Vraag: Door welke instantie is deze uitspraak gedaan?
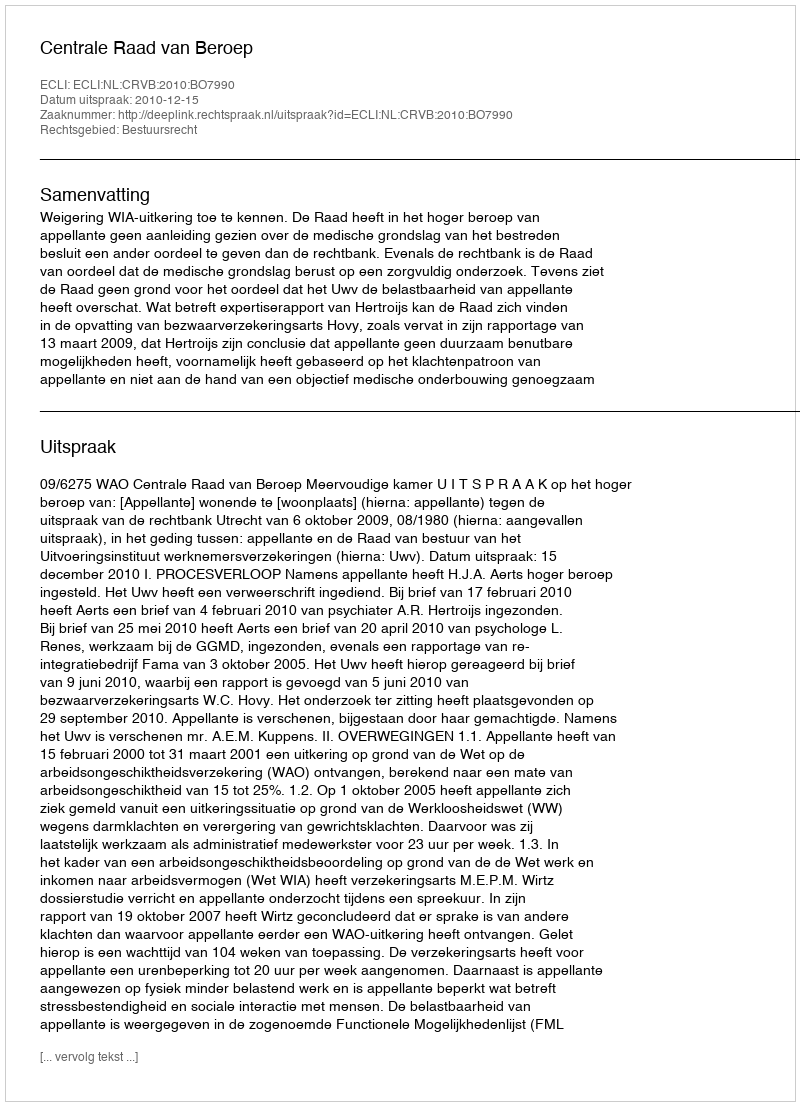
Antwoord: Centrale Raad van Beroep